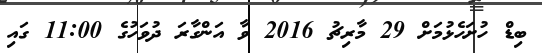
ބިޑް ހުށަހެޅުމަށް 29 މާރިޗު 2016 ވާ އަންގާރަ ދުވަހުގެ 11:00 ގައި